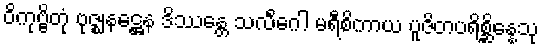
ဝိကုဗ္ဗိတုံ ဗုဇ္ဈနဋ္ဌေန ဒိဿန္တေ သလိင်္ဂေါ မရီစိကာယ ပူဇိတပရိစ္ဆိန္နေသု